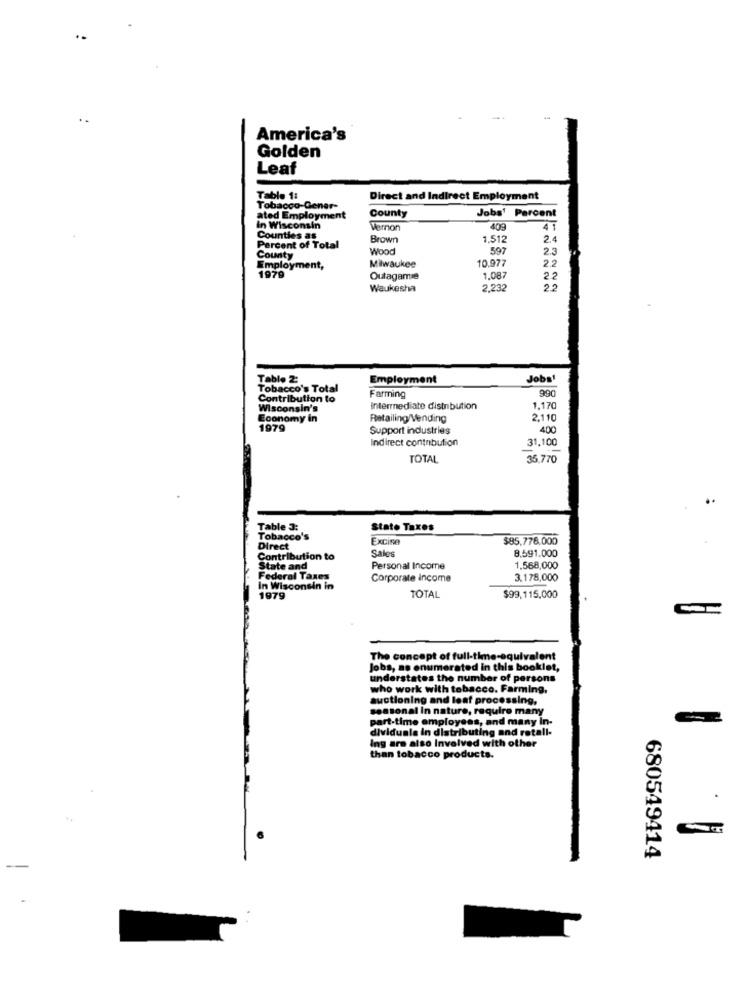
-
America's
Golden
Leaf
Table 1:
Direct and Indirect Employment
Tobacco-Gener-
County
ated Employment
Jobs' Percent
In Wisconsin
Vernon
409
41
Counties as
Brown
1.512
2.4
Percent of Total
Wood
597
2.3
County
Milwaukee
10.977
2.2
Employment,
1979
Outagame
1.087
22
Waukesha
2,232
22
Tablo 2:
Employment
Jobs1
Tobacco's Total
Farming
990
Contribution to
Wisconsin's
Intermediate distribution
1.170
Economy in
Retailing/Vending
2.110
1979
Support industries
400
Indirect contribution
31,100
TOTAL
35.770
Table 3:
Stato Taxes
Tobacco's
Excise
$85.778,000
Direct
Sales
8.591.000
Contribution to
State and
Personal Income
1.568,000
Federal Taxes
Corporate income
3.178,000
In Wisconsin in
1979
TOTAL
$99,115,000
The concept of full-time-equivalent
Jobs, as enumerated in this booklet,
understates the number of persons
who work with tobacco. Farming,
auctioning and leaf processing,
seasonal in nature, require many
part-time employees, and many In-
dividuala in distributing and rotall-
Ing are also Involved with other
than tobacco products.
680549414